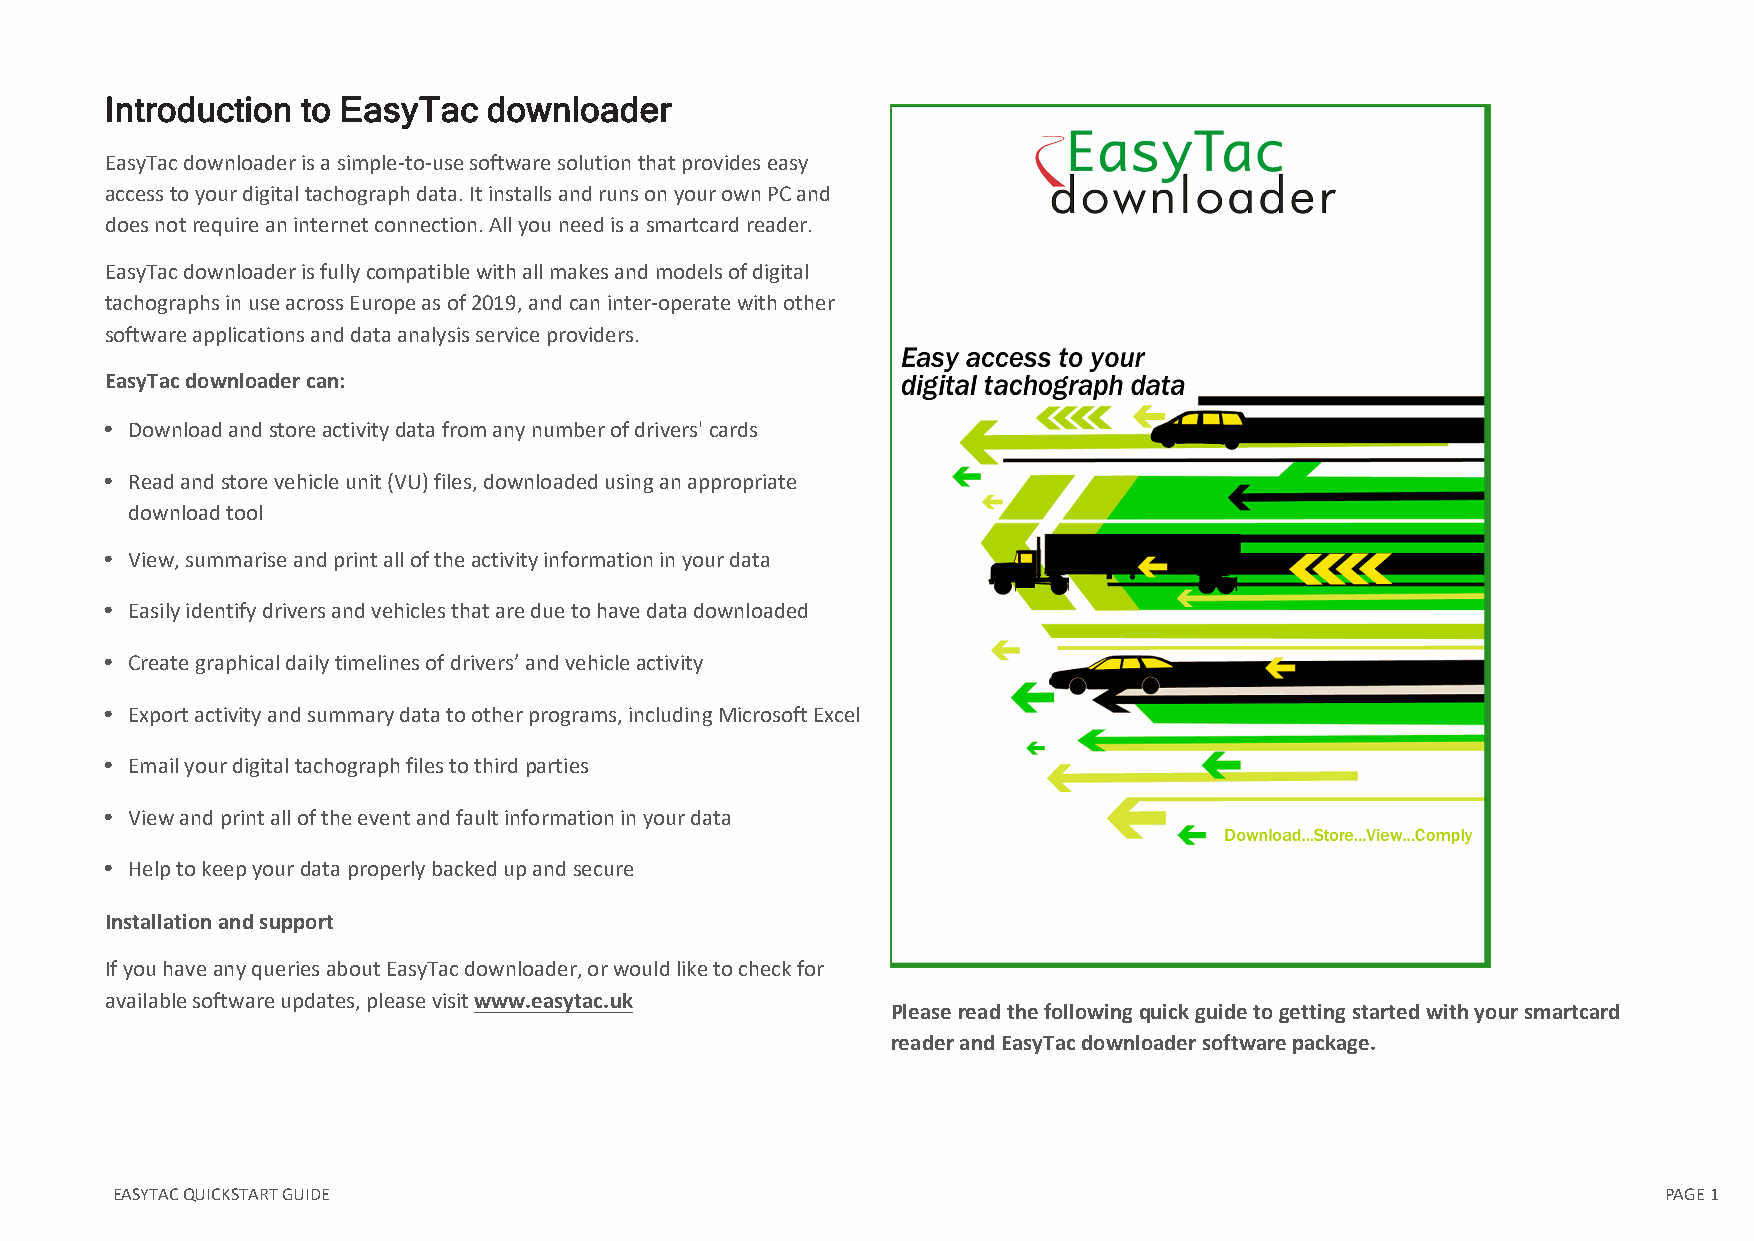
Introduction to EasyTac  downloader
 EasyTac downloader is a simple-to-use software solution that provides easy
 access to your digital tachograph data. It installs and runs on your own PC and
 does not require an internet connection. All you need is a smartcard reader.
 EasyTac downloader is fully compatible with all makes and models of digital
 tachographs in use across Europe as of 2019, and can inter-operate with other
 software applications and data analysis service providers.
 EasyTac downloader can:
 l Download and store activity data from any number of drivers' cards
 l Read and store vehicle unit (VU) files, downloaded using an appropriate
 download tool
 l View, summarise and print all of the activity information in your data
 l Easily identify drivers and vehicles that are due to have data downloaded
 l Create graphical daily timelines of drivers’ and vehicle activity
 l Export activity and summary data to other programs, including Microsoft Excel
 l Email your digital tachograph files to third parties
 l View and print all of the event and fault information in your data
 l Help to keep your data properly backed up and secure
 Installation and support
 If you have any queries about EasyTac downloader, or would like to check for
 available software updates, please visit www.easytac.uk
 Please read the following quick guide to getting started with your smartcard
 reader and EasyTac downloader software package.
 EASYTACQUICKSTARTGUIDE                                                                                 PAGE1